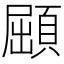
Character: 𩓦